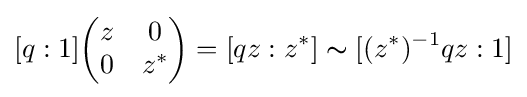
[q:1]{\begin{pmatrix}z&0\\0&z^{*}\end{pmatrix}}=[qz:z^{*}]\thicksim [(z^{*})^{-1}qz:1]